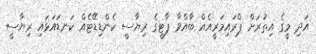
އަދި މީގެ އިތުރަށް ޕްރައިމަރީއެއް ބާއްވާ ޕާޓީގެ ރިޔާސީ ކެންޑިޑޭޓެއް ކަނޑައަޅައި ރިޔާސީ